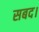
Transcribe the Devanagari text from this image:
सबद।